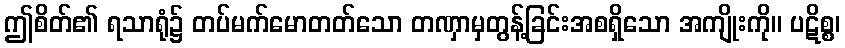
ဤစိတ်၏ ရသာရုံ၌ တပ်မက်မောတတ်သော တဏှာမှတွန့်ခြင်းအစရှိသော အကျိုးကို။ ပဋိစ္စ၊